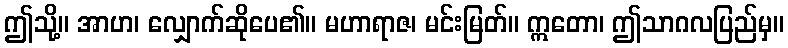
ဤသို့။ အာဟ၊ လျှောက်ဆိုပေ၏။ မဟာရာဇ၊ မင်းမြတ်။ ဣတော၊ ဤသာဂလပြည်မှ။